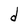
Character: d